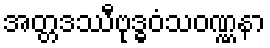
အတ္တဒဿီဗုဒ္ဓဝံသဝဏ္ဏနာ